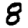
Digit: 8